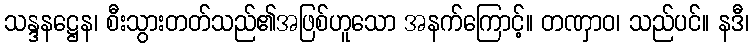
သန္ဒနဋ္ဌေန၊ စီးသွားတတ်သည်၏အဖြစ်ဟူသော အနက်ကြောင့်။ တဏှာဝ၊ သည်ပင်။ နဒီ၊